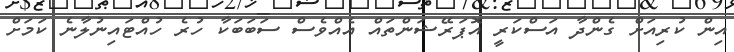
އިން ކުރިއަށް ގެންދާ އަސްކަރީ އޮޕަރޭޝަންތައް އެއްވެސް ސަބަބަކާ ހުރެ ހުއްޓައިނުލާނެ ކަމަށް